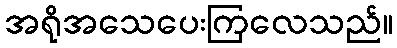
အရိုအသေပေးကြလေသည်။